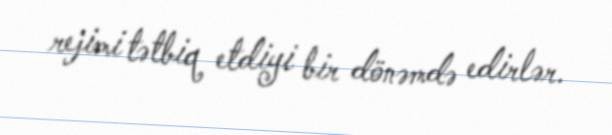
rejimi tətbiq etdiyi bir dönəmdə edirlər.